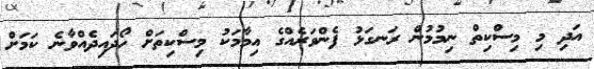
އަދި މި މިސްކިތް ނިމުމުން ރަނގަޅު ފެންވަރެއްގެ އިމާމަކު މިސްކިތަށް ހޯދައިދެއްވާނެ ކަމަށް